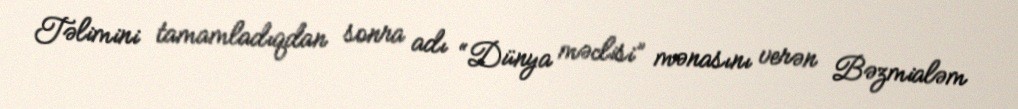
Təlimini tamamladıqdan sonra adı “Dünya məclisi” mənasını verən Bəzmialəm